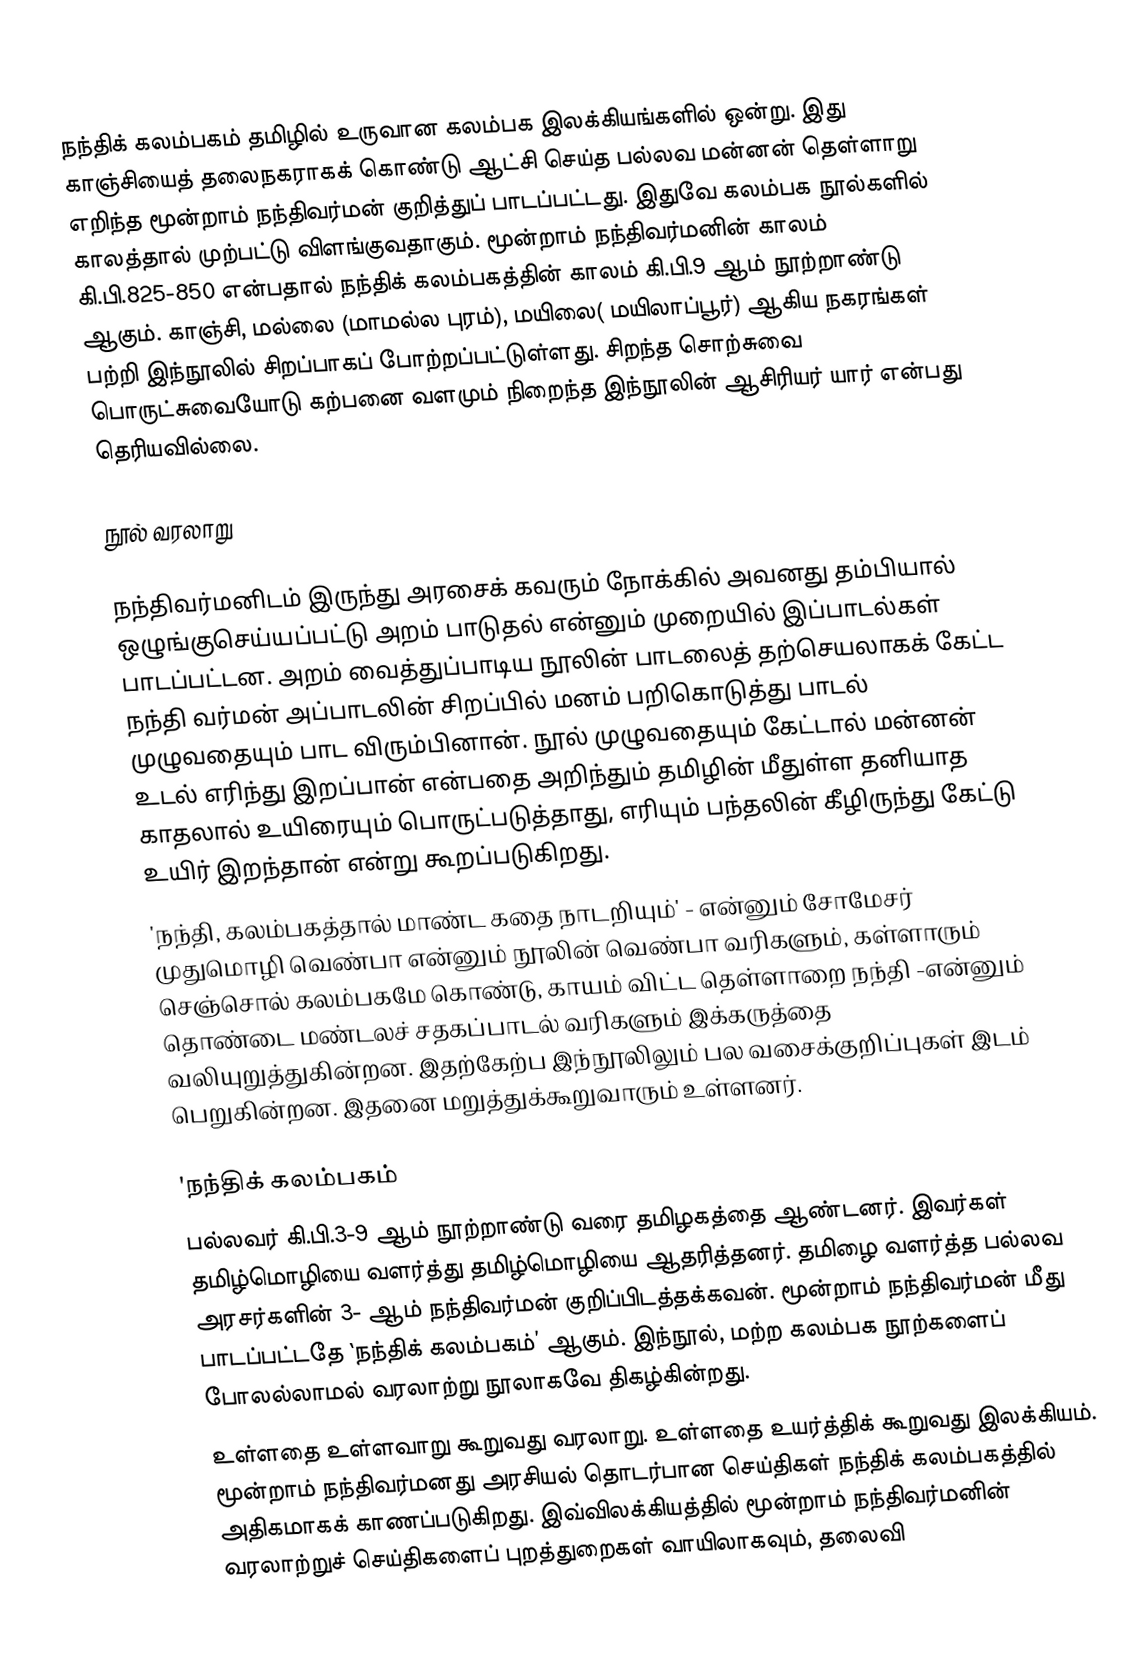
நந்திக் கலம்பகம் தமிழில் உருவான கலம்பக இலக்கியங்களில் ஒன்று. இது காஞ்சியைத் தலைநகராகக் கொண்டு ஆட்சி செய்த பல்லவ மன்னன்  தெள்ளாறு எறிந்த மூன்றாம் நந்திவர்மன் குறித்துப் பாடப்பட்டது. இதுவே கலம்பக நூல்களில் காலத்தால் முற்பட்டு விளங்குவதாகும்.  மூன்றாம் நந்திவர்மனின் காலம் கி.பி.825-850 என்பதால் நந்திக் கலம்பகத்தின் காலம் கி.பி.9 ஆம் நூற்றாண்டு ஆகும்.  காஞ்சி, மல்லை (மாமல்ல புரம்), மயிலை( மயிலாப்பூர்) ஆகிய நகரங்கள் பற்றி இந்நூலில் சிறப்பாகப் போற்றப்பட்டுள்ளது. சிறந்த சொற்சுவை பொருட்சுவையோடு கற்பனை வளமும் நிறைந்த இந்நூலின் ஆசிரியர் யார் என்பது தெரியவில்லை.

நூல் வரலாறு

நந்திவர்மனிடம் இருந்து அரசைக் கவரும் நோக்கில் அவனது தம்பியால் ஒழுங்குசெய்யப்பட்டு அறம் பாடுதல் என்னும் முறையில் இப்பாடல்கள் பாடப்பட்டன. அறம் வைத்துப்பாடிய நூலின் பாடலைத் தற்செயலாகக் கேட்ட நந்தி வர்மன் அப்பாடலின் சிறப்பில் மனம் பறிகொடுத்து பாடல் முழுவதையும் பாட விரும்பினான். நூல் முழுவதையும் கேட்டால் மன்னன் உடல் எரிந்து இறப்பான் என்பதை அறிந்தும் தமிழின் மீதுள்ள தனியாத காதலால் உயிரையும் பொருட்படுத்தாது, எரியும் பந்தலின் கீழிருந்து கேட்டு உயிர் இறந்தான் என்று கூறப்படுகிறது.
'நந்தி,  கலம்பகத்தால் மாண்ட கதை நாடறியும்' - என்னும் சோமேசர் முதுமொழி வெண்பா என்னும் நூலின் வெண்பா வரிகளும்,  கள்ளாரும் செஞ்சொல் கலம்பகமே கொண்டு, காயம் விட்ட தெள்ளாறை நந்தி -என்னும் தொண்டை மண்டலச் சதகப்பாடல் வரிகளும் இக்கருத்தை வலியுறுத்துகின்றன. இதற்கேற்ப இந்நூலிலும் பல வசைக்குறிப்புகள் இடம் பெறுகின்றன. இதனை மறுத்துக்கூறுவாரும் உள்ளனர்.

'நந்திக் கலம்பகம்
       பல்லவர் கி.பி.3-9 ஆம் நூற்றாண்டு வரை தமிழகத்தை ஆண்டனர். இவர்கள் தமிழ்மொழியை வளர்த்து தமிழ்மொழியை ஆதரித்தனர்.  தமிழை வளர்த்த பல்லவ அரசர்களின் 3- ஆம் நந்திவர்மன் குறிப்பிடத்தக்கவன்.  மூன்றாம் நந்திவர்மன் மீது பாடப்பட்டதே `நந்திக் கலம்பகம்’ ஆகும். இந்நூல், மற்ற கலம்பக நூற்களைப் போலல்லாமல் வரலாற்று நூலாகவே திகழ்கின்றது.
     உள்ளதை உள்ளவாறு கூறுவது வரலாறு.   உள்ளதை உயர்த்திக் கூறுவது இலக்கியம். மூன்றாம் நந்திவர்மனது அரசியல் தொடர்பான செய்திகள் நந்திக் கலம்பகத்தில் அதிகமாகக் காணப்படுகிறது.  இவ்விலக்கியத்தில் மூன்றாம் நந்திவர்மனின் வரலாற்றுச் செய்திகளைப் புறத்துறைகள் வாயிலாகவும், தலைவி